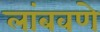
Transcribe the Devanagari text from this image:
लांबवणे